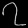
Digit: ၇